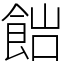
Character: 𩛎